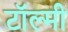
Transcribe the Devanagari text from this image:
टॉल्मी